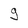
Character: g